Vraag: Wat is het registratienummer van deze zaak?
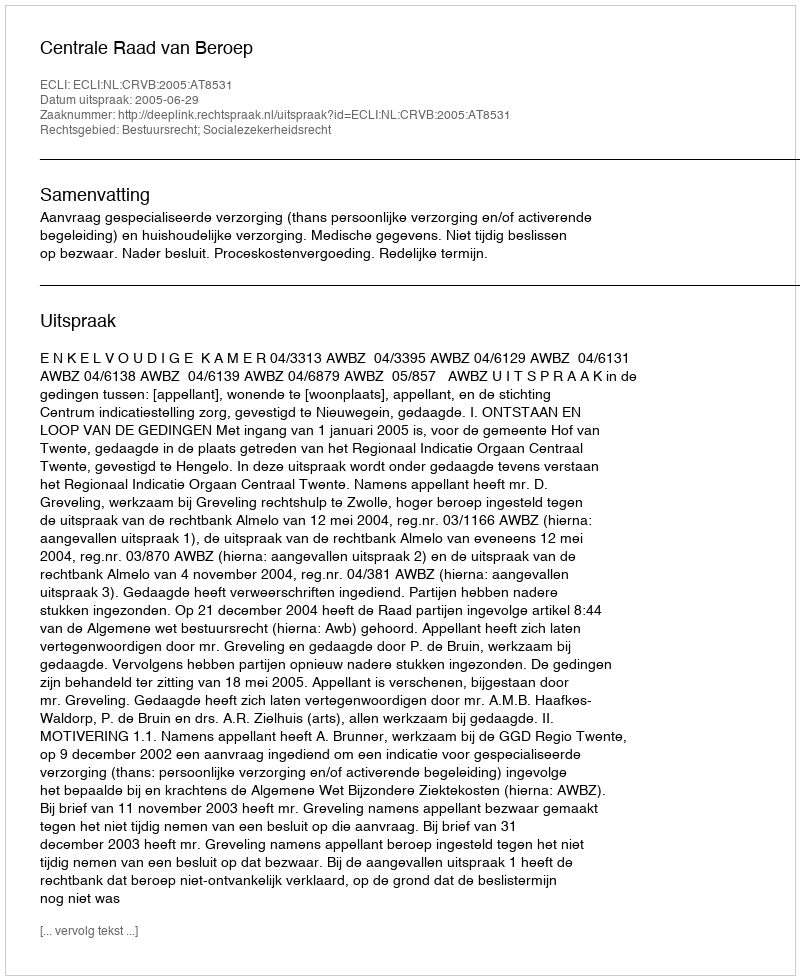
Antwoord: http://deeplink.rechtspraak.nl/uitspraak?id=ECLI:NL:CRVB:2005:AT8531